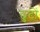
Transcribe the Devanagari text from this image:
छुटों